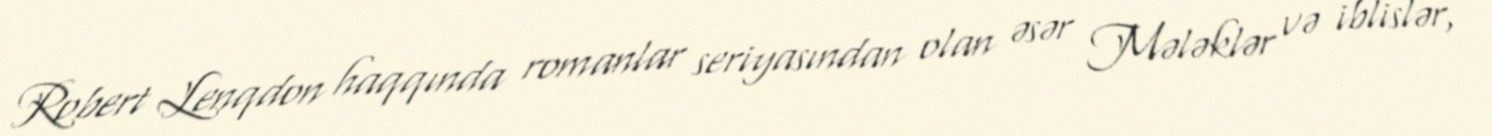
Robert Lenqdon haqqında romanlar seriyasından olan əsər Mələklər və iblislər,